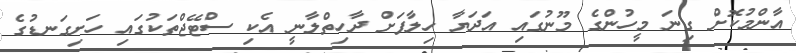
އާންމުކޮށް ގިނަ މީހުންގެ މޫނުގައި އަދަޔާ ހިލާފަށް ދާހިތްލާނީ އެކި ސްޓޭޖްތަކުގައި ހަށިގަނޑުގެ